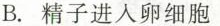
B.精子进入卵细胞